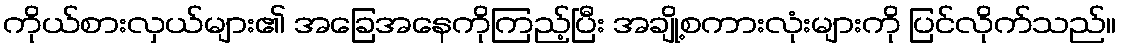
ကိုယ်စားလှယ်များ၏ အခြေအနေကိုကြည့်ပြီး အချို့စကားလုံးများကို ပြင်လိုက်သည်။